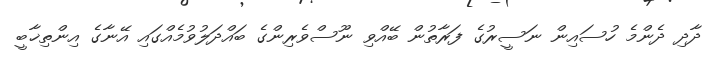
ދާދި ދެންމެ ހުސައިން ނަސީރުގެ ފަރާތުން ބޭއްވި ނޫސްވެރިންގެ ބައްދަލުވުމެއްގައި އޭނާގެ އިންތިޚާބީ